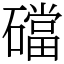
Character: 礑